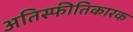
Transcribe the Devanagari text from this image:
अतिस्फीतिकारक